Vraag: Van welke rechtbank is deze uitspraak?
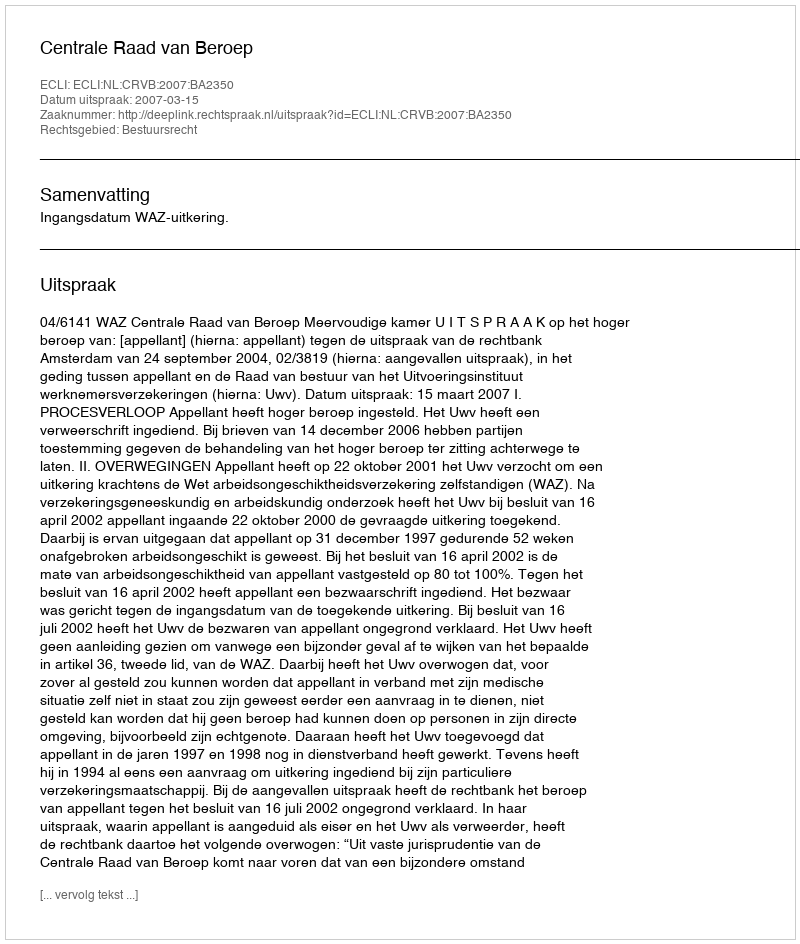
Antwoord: Centrale Raad van Beroep